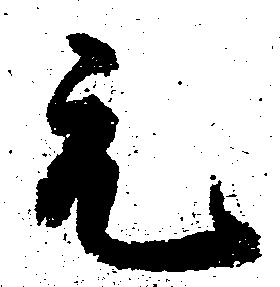
元